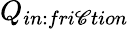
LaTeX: Q_{in:fri\mathscr{C}tion}